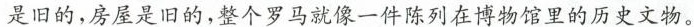
是旧的，房屋是旧的，整个罗马就像一件陈列在博物馆里的历史文物。